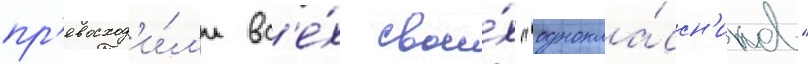
пр'евосход'и́л'и вс'е́х свои́х "однокла́ссн'иков"